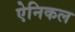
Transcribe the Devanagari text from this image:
ऐनिकल